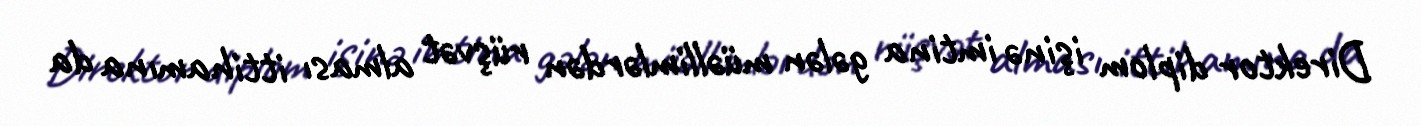
Direktor diplom işinə imtina gələn müəllimlərdən rüşvət alması ittihamına da